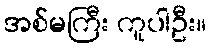
အစ်မကြီး ကူပါဦး။